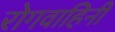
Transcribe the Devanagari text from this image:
रोगवाहिनी